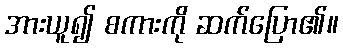
အားယူ၍ စကားကို ဆက်ပြော၏။